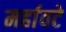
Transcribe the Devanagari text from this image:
मर्हावटे